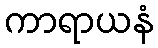
ကာရာယနံ